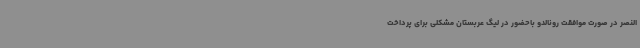
النصر در صورت موافقت رونالدو باحضور در لیگ عربستان مشکلی برای پرداخت